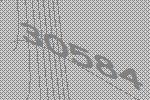
30584